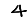
Digit: 4